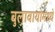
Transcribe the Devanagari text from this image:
बुलावायोमध्ये